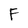
Character: F